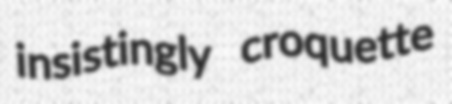
insistingly croquette